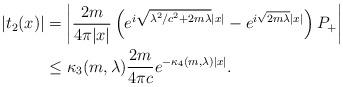
LaTeX: \begin{align*} |t_2(x)| &= \bigg|\frac{2 m}{4 \pi |x|} \left( e^{i\sqrt{\lambda^2/c^2 + 2 m \lambda} |x|} - e^{i\sqrt{2 m \lambda} |x|} \right) P_+ \bigg| \\ &\leq \kappa_3(m, \lambda) \frac{2 m}{4 \pi c} e^{-\kappa_4(m, \lambda) |x|}. \end{align*}